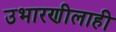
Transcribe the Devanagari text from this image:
उभारणीलाही